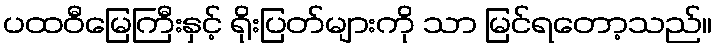
ပထဝီမြေကြီးနှင့် ရိုးပြတ်များကို သာ မြင်ရတော့သည်။